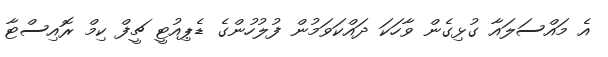
އެ މައްސަލައާ ގުޅިގެން ވާހަކަ ދައްކަވަމުން ފުލުހުންގެ ޑެޕިއުޓީ ޗީފް ކިމް ރޮއިސްޓާ